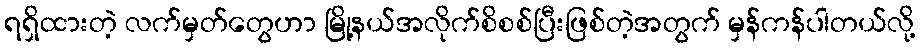
ရရှိထားတဲ့ လက်မှတ်တွေဟာ မြို့နယ်အလိုက်စိစစ်ပြီးဖြစ်တဲ့အတွက် မှန်ကန်ပါတယ်လို့